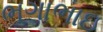
ભગાભાઇ